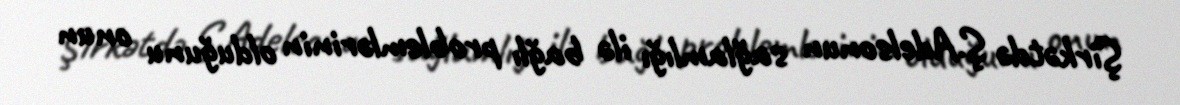
Şirkətdə Ş.Adelsonun sağlamlığı ilə bağlı problemlərinin olduğunu onun